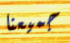
جميعنا